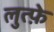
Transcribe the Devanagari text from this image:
लुत्फ़े